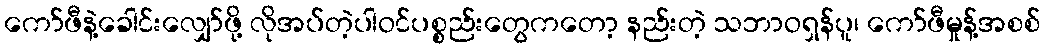
ကော်ဖီနဲ့ခေါင်းလျှော်ဖို့ လိုအပ်တဲ့ပါဝင်ပစ္စည်းတွေကတော့ နည်းတဲ့ သဘာဝရှန်ပူ၊ ကော်ဖီမှုန့်အစစ်